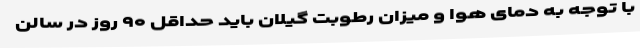
با توجه به دمای هوا و میزان رطوبت گیلان باید حداقل ۹۰ روز در سالن